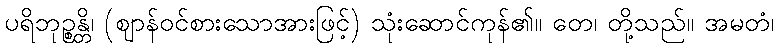
ပရိဘုဉ္စန္တိ၊ (ဈာန်ဝင်စားသောအားဖြင့်) သုံးဆောင်ကုန်၏။ တေ၊ တို့သည်။ အမတံ၊